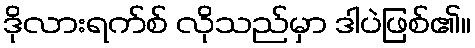
ဒိုလားရက်စ် လိုသည်မှာ ဒါပဲဖြစ်၏။